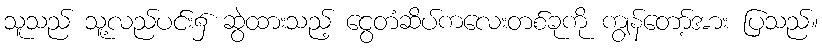
သူသည် သူ့လည်ပင်း၌ ဆွဲထားသည့် ငွေတံဆိပ်ကလေးတစ်ခုကို ကျွန်တော့်အား ပြသည်။